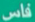
فاس